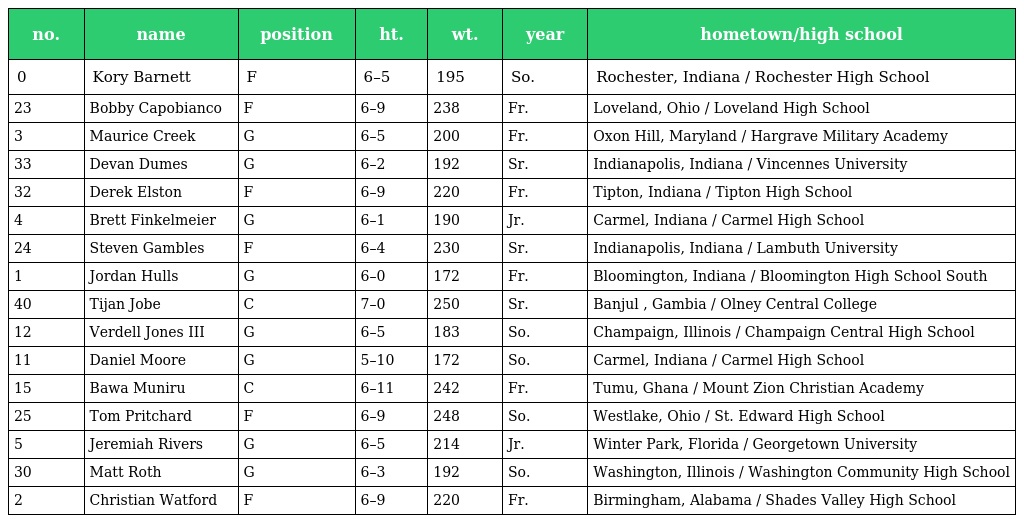
| no. | name | position | ht. | wt. | year | hometown/high school |
 | --- | --- | --- | --- | --- | --- | --- |
 | 0 | Kory Barnett | F | 6–5 | 195 | So. | Rochester, Indiana / Rochester High School |
 | 23 | Bobby Capobianco | F | 6–9 | 238 | Fr. | Loveland, Ohio / Loveland High School |
 | 3 | Maurice Creek | G | 6–5 | 200 | Fr. | Oxon Hill, Maryland / Hargrave Military Academy |
 | 33 | Devan Dumes | G | 6–2 | 192 | Sr. | Indianapolis, Indiana / Vincennes University |
 | 32 | Derek Elston | F | 6–9 | 220 | Fr. | Tipton, Indiana / Tipton High School |
 | 4 | Brett Finkelmeier | G | 6–1 | 190 | Jr. | Carmel, Indiana / Carmel High School |
 | 24 | Steven Gambles | F | 6–4 | 230 | Sr. | Indianapolis, Indiana / Lambuth University |
 | 1 | Jordan Hulls | G | 6–0 | 172 | Fr. | Bloomington, Indiana / Bloomington High School South |
 | 40 | Tijan Jobe | C | 7–0 | 250 | Sr. | Banjul , Gambia / Olney Central College |
 | 12 | Verdell Jones III | G | 6–5 | 183 | So. | Champaign, Illinois / Champaign Central High School |
 | 11 | Daniel Moore | G | 5–10 | 172 | So. | Carmel, Indiana / Carmel High School |
 | 15 | Bawa Muniru | C | 6–11 | 242 | Fr. | Tumu, Ghana / Mount Zion Christian Academy |
 | 25 | Tom Pritchard | F | 6–9 | 248 | So. | Westlake, Ohio / St. Edward High School |
 | 5 | Jeremiah Rivers | G | 6–5 | 214 | Jr. | Winter Park, Florida / Georgetown University |
 | 30 | Matt Roth | G | 6–3 | 192 | So. | Washington, Illinois / Washington Community High School |
 | 2 | Christian Watford | F | 6–9 | 220 | Fr. | Birmingham, Alabama / Shades Valley High School |